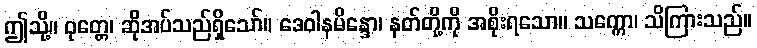
ဤသို့။ ဝုတ္တေ၊ ဆိုအပ်သည်ရှိသော်။ ဒေဝါနမိန္ဒော၊ နတ်တို့ကို အစိုးရသော။ သက္ကော၊ သိကြားသည်။